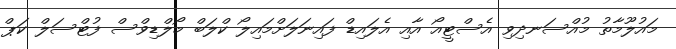
މައުލޫމާތު މުއްސަނދިވި އެސްޓީއޯ އާއި އެލައިޑް ފައިނަލަށްމައިލޯ ކްލަބް މޯލްޑިވްސް ފުޓްސަލް ކަޕް